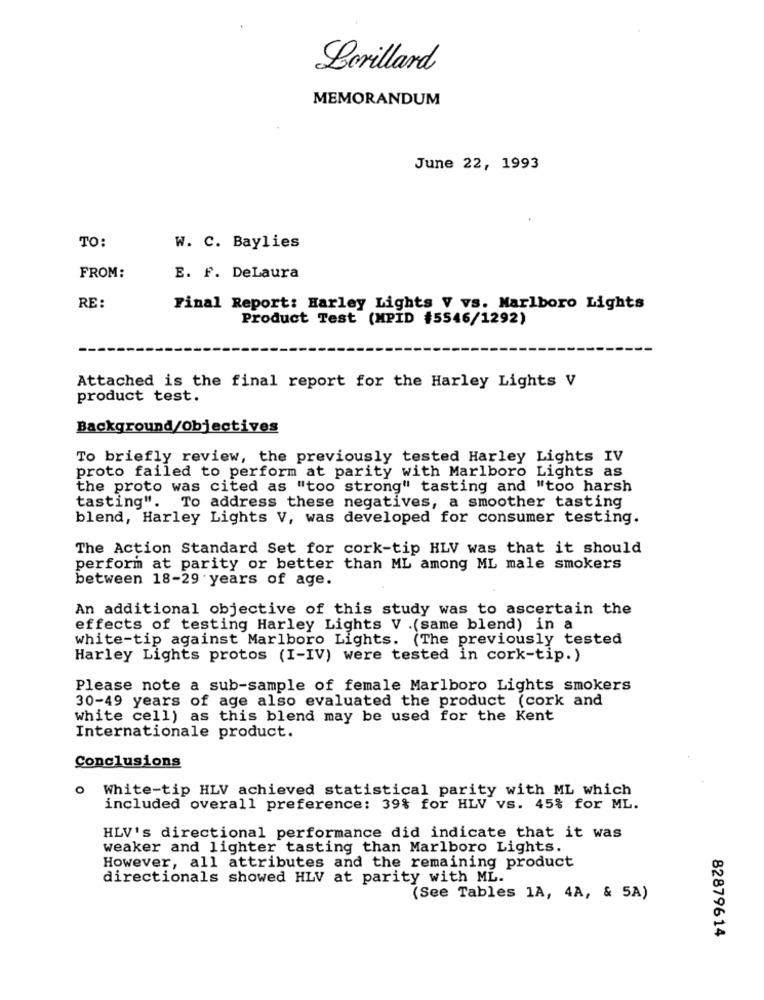
Lorillard
MEMORANDUM
June 22, 1993
TO:
W. C. Baylies
FROM:
E. F. DeLaura
RE:
Final Report: Harley Lights V vs. Marlboro Lights
Product Test (MPID #5546/1292)
Attached is the final report for the Harley Lights V
product test.
Background/Objectives
To briefly review, the previously tested Harley Lights IV
proto failed to perform at parity with Marlboro Lights as
the proto was cited as "too strong" tasting and "too harsh
tasting". To address these negatives, a smoother tasting
blend, Harley Lights V, was developed for consumer testing.
The Action Standard Set for cork-tip HLV was that it should
perform at parity or better than ML among ML male smokers
between 18-29 years of age.
An additional objective of this study was to ascertain the
effects of testing Harley Lights V .(same blend) in a
white-tip against Marlboro Lights. (The previously tested
Harley Lights protos (I-IV) were tested in cork-tip.)
Please note a sub-sample of female Marlboro Lights smokers
30-49 years of age also evaluated the product (cork and
white cell) as this blend may be used for the Kent
Internationale product.
Conclusions
o White-tip HLV achieved statistical parity with ML which
included overall preference: 39% for HLV vs. 45% for ML.
HLV's directional performance did indicate that it was
weaker and lighter tasting than Marlboro Lights.
However, all attributes and the remaining product
directionals showed HLV at parity with ML.
(See Tables 1A, 4A, & 5A)
82879614